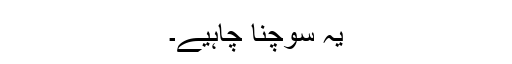
یہ سوچنا چاہیے۔